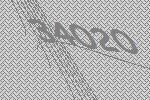
34020